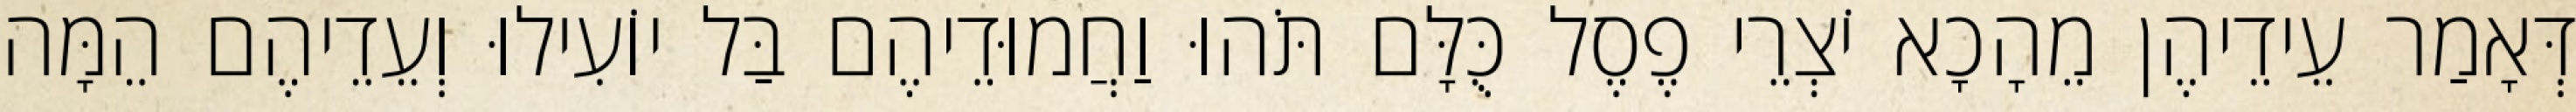
דְּאָמַר עֵידֵיהֶן מֵהָכָא יֹצְרֵי פֶסֶל כֻּלָּם תֹּהוּ וַחֲמוּדֵיהֶם בַּל יוֹעִילוּ וְעֵדֵיהֶם הֵמָּה